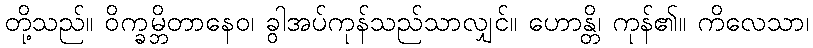
တို့သည်။ ဝိက္ခမ္ဘိတာနေဝ၊ ခွါအပ်ကုန်သည်သာလျှင်။ ဟောန္တိ၊ ကုန်၏။ ကိလေသာ၊